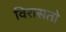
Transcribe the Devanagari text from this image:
विरासतो